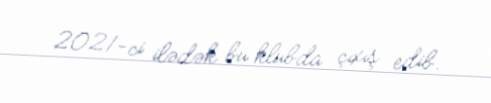
2021-ci ilədək bu klubda çıxış edib.